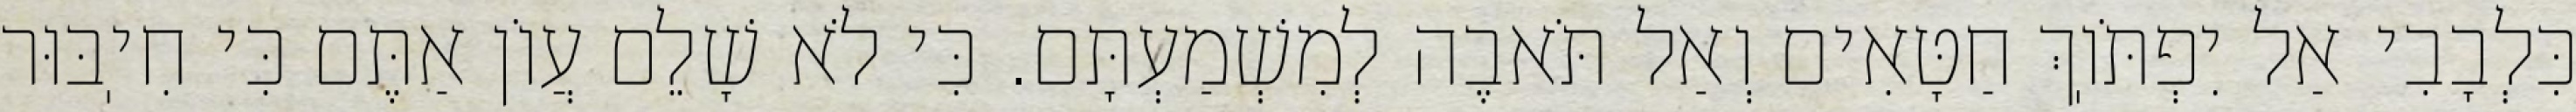
כִּלְבָבִי אַל יִפְתֹּוֽךְ חַטָּאִים וְאַל תֹּאבֶה לְמִשְׁמַעְתָּם. כִּי לֹא שָׁלֵם עֲוֹן אַתֶּם כִּי חִיֽבּוּר